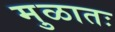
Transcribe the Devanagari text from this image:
मुळातः